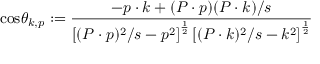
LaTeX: \mathrm { c o s } \theta _ { k , p } : = { \frac { - p \cdot k + ( P \cdot p ) ( P \cdot k ) / s } { \left[ ( P \cdot p ) ^ { 2 } / s - p ^ { 2 } \right] ^ { \frac 1 2 } \left[ ( P \cdot k ) ^ { 2 } / s - k ^ { 2 } \right] ^ { \frac 1 2 } } }